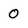
Character: 0